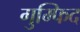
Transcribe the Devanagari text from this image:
गुम्फिद